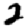
Digit: 2